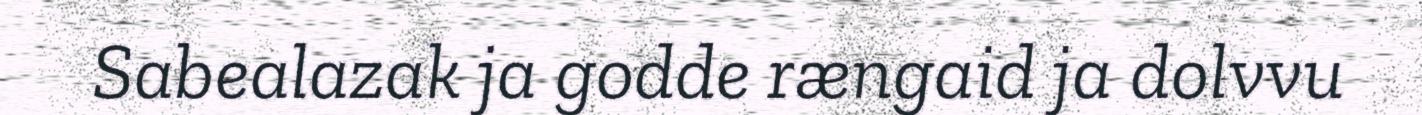
Sabealazak ja godde rængaid ja dolvvu